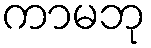
ကာမဘု